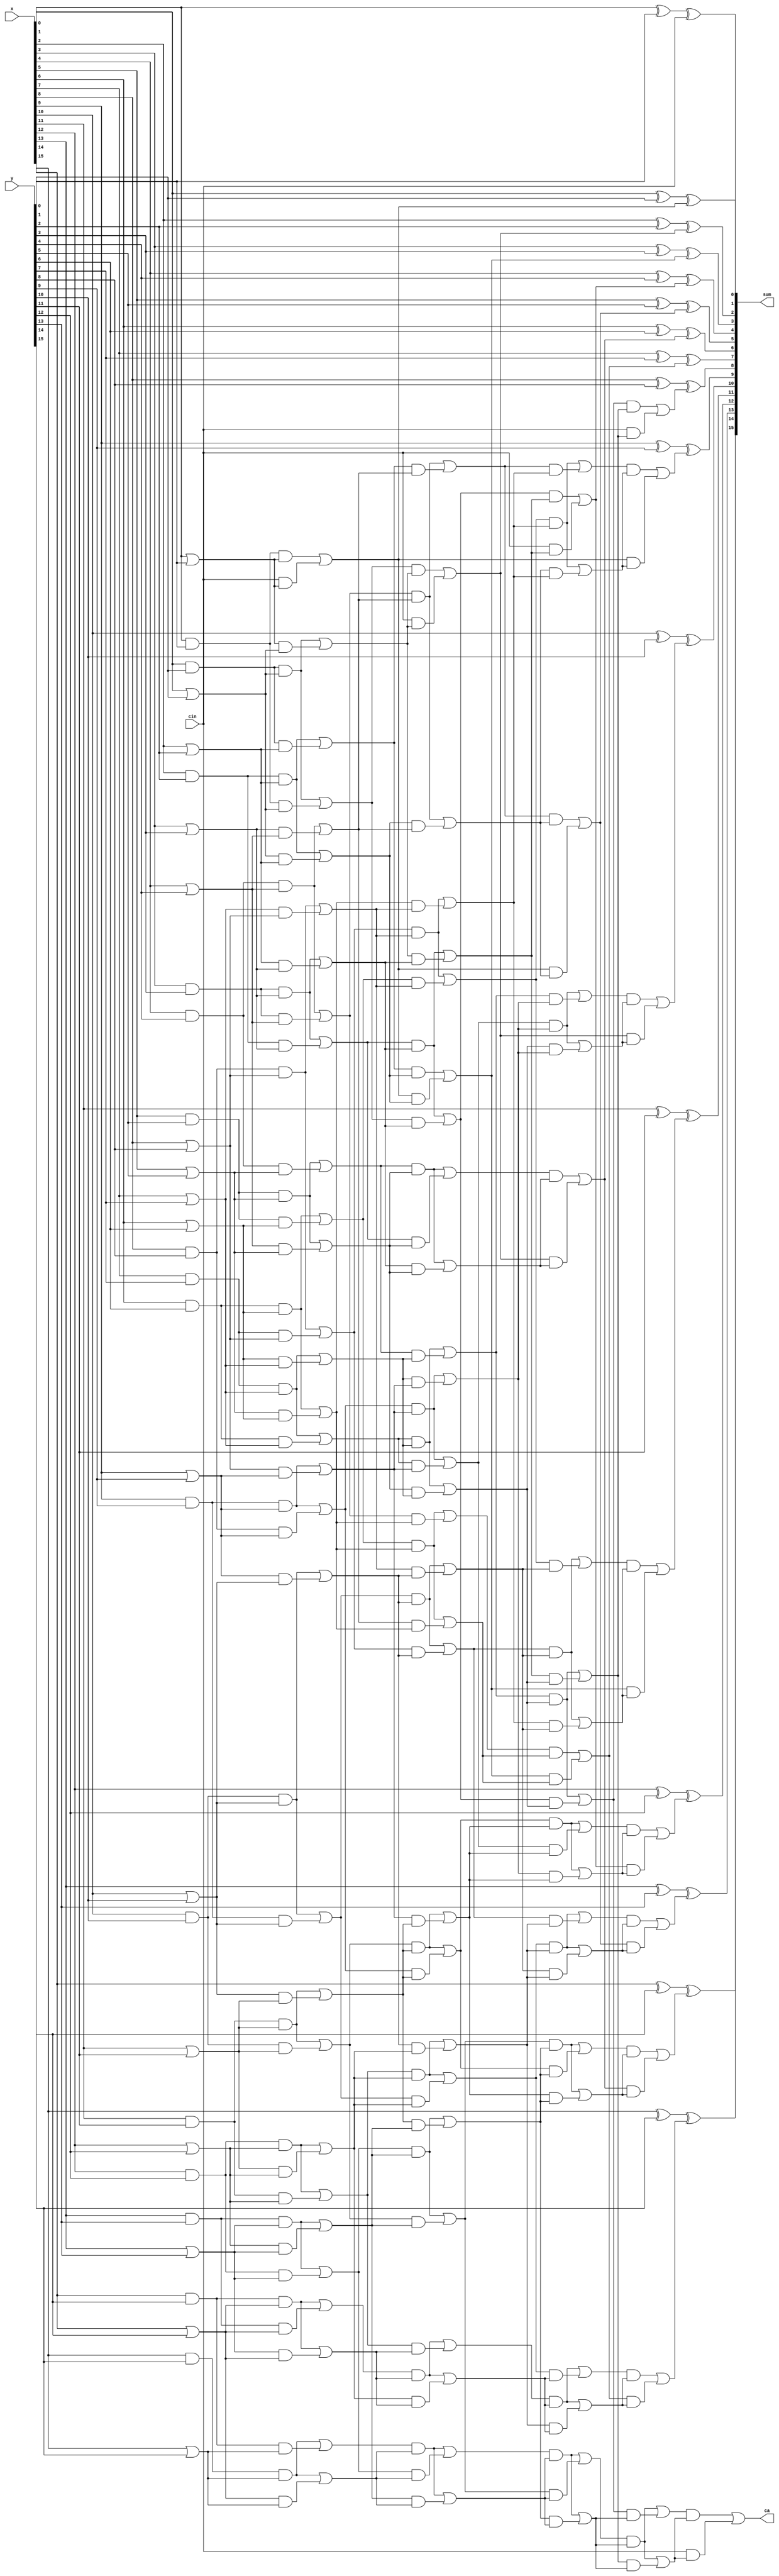
module doub(
    input [15:0]x,
    input [15:0]y,
    input cin,
    output [15:0]sum,
    output ca
    );
    wire [16:0]a0,b0;
    wire [16:0]a1,b1;
    wire [16:0]a2,b2;
    wire [16:0]a3,b3;
    wire [16:0]a4,b4;
    wire [16:0]a5,b5;

    //00
    assign a0[0]= cin;
    assign b0[0]= cin;
    assign a0[1]= x[0]&y[0];
    assign b0[1]= x[0]|y[0];
    assign a0[2]= x[1]&y[1];
    assign b0[2]= x[1]|y[1];
    assign a0[3]= x[2]&y[2];
    assign b0[3]= x[2]|y[2];
    assign a0[4]= x[3]&y[3];
    assign b0[4]= x[3]|y[3];
    assign a0[5]= x[4]&y[4];
    assign b0[5]= x[4]|y[4];
    assign a0[6]= x[5]&y[5];
    assign b0[6]= x[5]|y[5];
    assign a0[7]= x[6]&y[6];
    assign b0[7]= x[6]|y[6];
    assign a0[8]= x[7]&y[7];
    assign b0[8]= x[7]|y[7];
    assign a0[9]= x[8]&y[8];
    assign b0[9]= x[8]|y[8];
    assign a0[10]= x[9]&y[9];
    assign b0[10]= x[9]|y[9];
    assign a0[11]= x[10]&y[10];
    assign b0[11]= x[10]|y[10];
    assign a0[12]= x[11]&y[11];
    assign b0[12]= x[11]|y[11];
    assign a0[13]= x[12]&y[12];
    assign b0[13]= x[12]|y[12];
    assign a0[14]= x[13]&y[13];
    assign b0[14]= x[13]|y[13];
    assign a0[15]= x[14]&y[14];
    assign b0[15]= x[14]|y[14];
    assign a0[16]= x[15]&y[15];
    assign b0[16]= x[15]|y[15];

    //1-1
    //y1=wx+yx;
    //y0=wx+zx;
    assign a1[0]= a0[0];
    assign b1[0]= b0[0];
    assign a1[1]= (a0[1]&b0[1]) | (a0[0]&b0[1]);
    assign b1[1]= (a0[1]&b0[1]) | (b0[0]&b0[1]);
    assign a1[2]= (a0[2]&b0[2]) | (a0[1]&b0[2]);
    assign b1[2]= (a0[2]&b0[2]) | (b0[1]&b0[2]);
    assign a1[3]= (a0[3]&b0[3]) | (a0[2]&b0[3]);
    assign b1[3]= (a0[3]&b0[3]) | (b0[2]&b0[3]);
    assign a1[4]= (a0[4]&b0[4]) | (a0[3]&b0[4]);
    assign b1[4]= (a0[4]&b0[4]) | (b0[3]&b0[4]);
    assign a1[5]= (a0[5]&b0[5]) | (a0[4]&b0[5]);
    assign b1[5]= (a0[5]&b0[5]) | (b0[4]&b0[5]);
    assign a1[6]= (a0[6]&b0[6]) | (a0[5]&b0[6]);
    assign b1[6]= (a0[6]&b0[6]) | (b0[5]&b0[6]);
    assign a1[7]= (a0[7]&b0[7]) | (a0[6]&b0[7]);
    assign b1[7]= (a0[7]&b0[7]) | (b0[6]&b0[7]);
    assign a1[8]= (a0[8]&b0[8]) | (a0[7]&b0[8]);
    assign b1[8]= (a0[8]&b0[8]) | (b0[7]&b0[8]);
    assign a1[9]= (a0[9]&b0[9]) | (a0[8]&b0[9]);
    assign b1[9]= (a0[9]&b0[9]) | (b0[8]&b0[9]);
    assign a1[10]= (a0[10]&b0[10]) | (a0[9]&b0[10]);
    assign b1[10]= (a0[10]&b0[10]) | (b0[9]&b0[10]);
    assign a1[11]= (a0[11]&b0[11]) | (a0[10]&b0[11]);
    assign b1[11]= (a0[11]&b0[11]) | (b0[10]&b0[11]);
    assign a1[12]= (a0[12]&b0[12]) | (a0[11]&b0[12]);
    assign b1[12]= (a0[12]&b0[12]) | (b0[11]&b0[12]);
    assign a1[13]= (a0[13]&b0[13]) | (a0[12]&b0[13]);
    assign b1[13]= (a0[13]&b0[13]) | (b0[12]&b0[13]);
    assign a1[14]= (a0[14]&b0[14]) | (a0[13]&b0[14]);
    assign b1[14]= (a0[14]&b0[14]) | (b0[13]&b0[14]);
    assign a1[15]= (a0[15]&b0[15]) | (a0[14]&b0[15]);
    assign b1[15]= (a0[15]&b0[15]) | (b0[14]&b0[15]);
    assign a1[16]= (a0[16]&b0[16]) | (a0[15]&b0[16]);
    assign b1[16]= (a0[16]&b0[16]) | (b0[15]&b0[16]);
    //2-2
    assign a2[0]= a1[0];
    assign b2[0]= b1[0];
    assign a2[1]= a1[1];
    assign b2[1]= b1[1];
    assign a2[2]= (a1[2]&b1[2]) | (a1[0]&b1[2]);
    assign b2[2]= (a1[2]&b1[2]) | (b1[0]&b1[2]);
    assign a2[3]= (a1[3]&b1[3]) | (a1[1]&b1[3]);
    assign b2[3]= (a1[3]&b1[3]) | (b1[1]&b1[3]);
    assign a2[4]= (a1[4]&b1[4]) | (a1[2]&b1[4]);
    assign b2[4]= (a1[4]&b1[4]) | (b1[2]&b1[4]);
    assign a2[5]= (a1[5]&b1[5]) | (a1[3]&b1[5]);
    assign b2[5]= (a1[5]&b1[5]) | (b1[3]&b1[5]);
    assign a2[6]= (a1[6]&b1[6]) | (a1[4]&b1[6]);
    assign b2[6]= (a1[6]&b1[6]) | (b1[4]&b1[6]);
    assign a2[7]= (a1[7]&b1[7]) | (a1[5]&b1[7]);
    assign b2[7]= (a1[7]&b1[7]) | (b1[5]&b1[7]);
    assign a2[8]= (a1[8]&b1[8]) | (a1[6]&b1[8]);
    assign b2[8]= (a1[8]&b1[8]) | (b1[6]&b1[8]);
    assign a2[9]= (a1[9]&b1[9]) | (a1[7]&b1[9]);
    assign b2[9]= (a1[9]&b1[9]) | (b1[7]&b1[9]);
    assign a2[10]= (a1[10]&b1[10]) | (a1[8]&b1[10]);
    assign b2[10]= (a1[10]&b1[10]) | (b1[8]&b1[10]);
    assign a2[11]= (a1[11]&b1[11]) | (a1[9]&b1[11]);
    assign b2[11]= (a1[11]&b1[11]) | (b1[9]&b1[11]);
    assign a2[12]= (a1[12]&b1[12]) | (a1[10]&b1[12]);
    assign b2[12]= (a1[12]&b1[12]) | (b1[10]&b1[12]);
    assign a2[13]= (a1[13]&b1[13]) | (a1[11]&b1[13]);
    assign b2[13]= (a1[13]&b1[13]) | (b1[11]&b1[13]);
    assign a2[14]= (a1[14]&b1[14]) | (a1[12]&b1[14]);
    assign b2[14]= (a1[14]&b1[14]) | (b1[12]&b1[14]);
    assign a2[15]= (a1[15]&b1[15]) | (a1[13]&b1[15]);
    assign b2[15]= (a1[15]&b1[15]) | (b1[13]&b1[15]);
    assign a2[16]= (a1[16]&b1[16]) | (a1[14]&b1[16]);
    assign b2[16]= (a1[16]&b1[16]) | (b1[14]&b1[16]);
    //4-4
    assign a3[0]= a2[0];
    assign b3[0]= b2[0];
    assign a3[1]= a2[1];
    assign b3[1]= b2[1];
    assign a3[2]= a2[2];
    assign b3[2]= b2[2];
    assign a3[3]= a2[3];
    assign b3[3]= b2[3];
    assign a3[4]= (a2[4]&b2[4]) | (a2[0]&b2[4]);
    assign b3[4]= (a2[4]&b2[4]) | (b2[0]&b2[4]);
    assign a3[5]= (a2[5]&b2[5]) | (a2[1]&b2[5]);
    assign b3[5]= (a2[5]&b2[5]) | (b2[1]&b2[5]);
    assign a3[6]= (a2[6]&b2[6]) | (a2[2]&b2[6]);
    assign b3[6]= (a2[6]&b2[6]) | (b2[2]&b2[6]);
    assign a3[7]= (a2[7]&b2[7]) | (a2[3]&b2[7]);
    assign b3[7]= (a2[7]&b2[7]) | (b2[3]&b2[7]);
    assign a3[8]= (a2[8]&b2[8]) | (a2[4]&b2[8]);
    assign b3[8]= (a2[8]&b2[8]) | (b2[4]&b2[8]);
    assign a3[9]= (a2[9]&b2[9]) | (a2[5]&b2[9]);
    assign b3[9]= (a2[9]&b2[9]) | (b2[5]&b2[9]);
    assign a3[10]= (a2[10]&b2[10]) | (a2[8]&b2[10]);
    assign b3[10]= (a2[10]&b2[10]) | (b2[8]&b2[10]);
    assign a3[11]= (a2[11]&b2[11]) | (a2[9]&b2[11]);
    assign b3[11]= (a2[11]&b2[11]) | (b2[9]&b2[11]);
    assign a3[12]= (a2[12]&b2[12]) | (a2[10]&b2[12]);
    assign b3[12]= (a2[12]&b2[12]) | (b2[10]&b2[12]);
    assign a3[13]= (a2[13]&b2[13]) | (a2[11]&b2[13]);
    assign b3[13]= (a2[13]&b2[13]) | (b2[11]&b2[13]);
    assign a3[14]= (a2[14]&b2[14]) | (a2[12]&b2[14]);
    assign b3[14]= (a2[14]&b2[14]) | (b2[12]&b2[14]);
    assign a3[15]= (a2[15]&b2[15]) | (a2[13]&b2[15]);
    assign b3[15]= (a2[15]&b2[15]) | (b2[13]&b2[15]);
    assign a3[16]= (a2[16]&b2[16]) | (a2[14]&b2[16]);
    assign b3[16]= (a2[16]&b2[16]) | (b2[14]&b2[16]);
    //8-8
    assign a4[0]= a3[0];
    assign b4[0]= b3[0];
    assign a4[1]= a3[1];
    assign b4[1]= b3[1];
    assign a4[2]= a3[2];
    assign b4[2]= b3[2];
    assign a4[3]= a3[3];
    assign b4[3]= b3[3];
    assign a4[4]= a3[4];
    assign b4[4]= b3[4];
    assign a4[5]= a3[5];
    assign b4[5]= b3[5];
    assign a4[6]= a3[6];
    assign b4[6]= b3[6];
    assign a4[7]= a3[7];
    assign b4[7]= b3[7];
    assign a4[8]= (a3[8]&b3[8]) | (a3[0]&b3[8]);
    assign b4[8]= (a3[8]&b3[8]) | (b3[0]&b3[8]);
    assign a4[9]= (a3[9]&b3[9]) | (a3[1]&b3[9]);
    assign b4[9]= (a3[9]&b3[9]) | (b3[1]&b3[9]);
    assign a4[10]= (a3[10]&b3[10]) | (a3[2]&b3[10]);
    assign b4[10]= (a3[10]&b3[10]) | (b3[2]&b3[10]);
    assign a4[11]= (a3[11]&b3[11]) | (a3[3]&b3[11]);
    assign b4[11]= (a3[11]&b3[11]) | (b3[3]&b3[11]);
    assign a4[12]= (a3[12]&b3[12]) | (a3[4]&b3[12]);
    assign b4[12]= (a3[12]&b3[12]) | (b3[4]&b3[12]);
    assign a4[13]= (a3[13]&b3[13]) | (a3[5]&b3[13]);
    assign b4[13]= (a3[13]&b3[13]) | (b3[5]&b3[13]);
    assign a4[14]= (a3[14]&b3[14]) | (a3[6]&b3[14]);
    assign b4[14]= (a3[14]&b3[14]) | (b3[6]&b3[14]);
    assign a4[15]= (a3[15]&b3[15]) | (a3[7]&b3[15]);
    assign b4[15]= (a3[15]&b3[15]) | (b3[7]&b3[15]);
    assign a4[16]= (a3[16]&b3[16]) | (a3[8]&b3[16]);
    assign b4[16]= (a3[16]&b3[16]) | (b3[8]&b3[16]);
    //16-16
    assign a5[0]= a4[0];
    assign b5[0]= b4[0];
    assign a5[1]= a4[1];
    assign b5[1]= b4[1];
    assign a5[2]= a4[2];
    assign b5[2]= b4[2];
    assign a5[3]= a4[3];
    assign b5[3]= b4[3];
    assign a5[4]= a4[4];
    assign b5[4]= b4[4];
    assign a5[5]= a4[5];
    assign b5[5]= b4[5];
    assign a5[6]= a4[6];
    assign b5[6]= b4[6];
    assign a5[7]= a4[7];
    assign b5[7]= b4[7];
    assign a5[8]= a4[8];
    assign b5[8]= b4[8];
    assign a5[9]= a4[9];
    assign b5[9]= b4[9];
    assign a5[10]= a4[10];
    assign b5[10]= b4[10];
    assign a5[11]= a4[11];
    assign b5[11]= b4[11];
    assign a5[12]= a4[12];
    assign b5[12]= b4[12];
    assign a5[13]= a4[13];
    assign b5[13]= b4[13];
    assign a5[14]= a4[14];
    assign b5[14]= b4[14];
    assign a5[15]= a4[15];
    assign b5[15]= b4[15];
    assign a5[16]= (a4[16]&b4[16]) | (a4[0]&b4[16]);
    assign b5[16]= (a4[16]&b4[16]) | (b4[0]&b4[16]);



    assign sum[0] = x[0]^y[0]^(a5[0]&b5[0]);
    assign sum[1] = x[1]^y[1]^(a5[1]&b5[1]);
    assign sum[2] = x[2]^y[2]^(a5[2]&b5[2]);
    assign sum[3] = x[3]^y[3]^(a5[3]&b5[3]);
    assign sum[4] = x[4]^y[4]^(a5[4]&b5[4]);
    assign sum[5] = x[5]^y[5]^(a5[5]&b5[5]);
    assign sum[6] = x[6]^y[6]^(a5[6]&b5[6]);
    assign sum[7] = x[7]^y[7]^(a5[7]&b5[7]);
    assign sum[8] = x[8]^y[8]^(a5[8]&b5[8]);
    assign sum[9] = x[9]^y[9]^(a5[9]&b5[9]);
    assign sum[10] = x[10]^y[10]^(a5[10]&b5[10]);
    assign sum[11] = x[11]^y[11]^(a5[11]&b5[11]);
    assign sum[12] = x[12]^y[12]^(a5[12]&b5[12]);
    assign sum[13] = x[13]^y[13]^(a5[13]&b5[13]);
    assign sum[14] = x[14]^y[14]^(a5[14]&b5[14]);
    assign sum[15] = x[15]^y[15]^(a5[15]&b5[15]);
    assign ca = (a5[16]&b5[16]);
   
endmodule